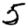
Digit: 5